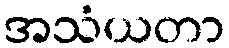
အသံယတာ